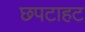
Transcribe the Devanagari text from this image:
छपटाहट